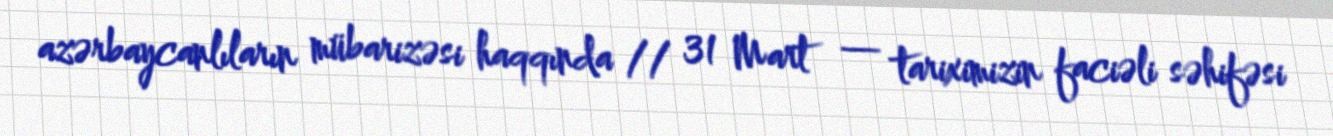
azərbaycanlıların mübarizəsi haqqında // 31 Mart — tariximizin faciəli səhifəsi